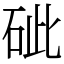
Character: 䂣